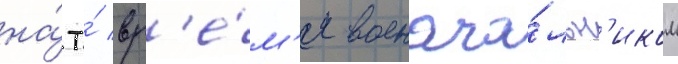
на́ то́ вр'е́м'я военача́льн'иком